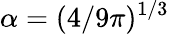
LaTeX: \alpha=(4/9\pi)^{1/3}